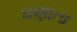
ઘણાતા